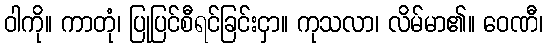
ဝါကို။ ကာတုံ၊ ပြုပြင်စီရင်ခြင်းငှာ။ ကုသလာ၊ လိမ်မာ၏။ ဝေဏီ၊